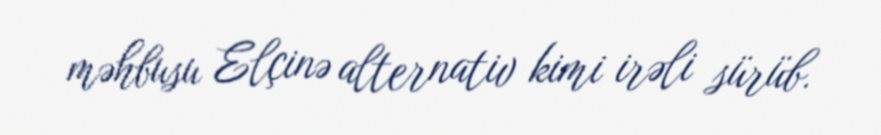
məhbusu Elçinə alternativ kimi irəli sürüb.